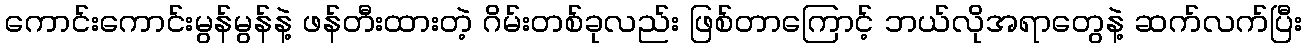
ကောင်းကောင်းမွန်မွန်နဲ့ ဖန်တီးထားတဲ့ ဂိမ်းတစ်ခုလည်း ဖြစ်တာကြောင့် ဘယ်လိုအရာတွေနဲ့ ဆက်လက်ပြီး